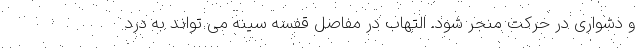
و دشواری در حرکت منجر شود. التهاب در مفاصل قفسه سینه می تواند به درد